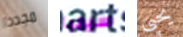
مجددا سيمبا يحيى